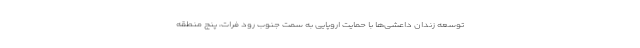
توسعه زندان داعشی‌ها با حمایت اروپایی به سمت جنوب رود فرات، پنج منطقه